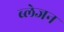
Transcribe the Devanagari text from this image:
ब्लेजन